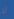
لا